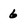
Character: 6